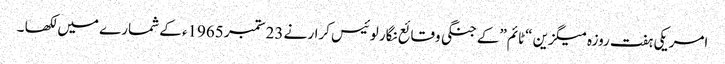
امریکی ہفت روزہ میگزین “ٹائم”کے جنگی وقائع نگار لوئیس کرار نے 23ستمبر 1965ء کے شمارے میں لکھا ۔